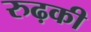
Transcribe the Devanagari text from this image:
रुढ़की